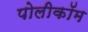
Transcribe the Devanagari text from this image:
पोलीकॉम